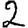
Digit: 2